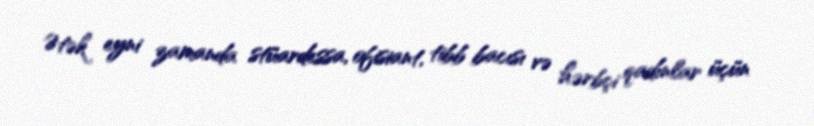
Ətək eyni zamanda stüardessa, ofisiant, tibb bacısı və hərbçi qadınlar üçün